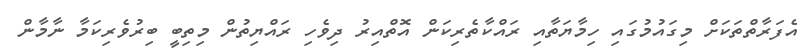
އެފަރާތްތަކަށް މިގައުމުގައި ހިމާޔަތާއި ރައްކާތެރިކަން އޮތްއިރު ދިވެހި ރައްޔިތުން މިތިބީ ބިރުވެރިކަމާ ނާމާން